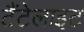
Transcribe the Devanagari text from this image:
टैंटेलाइट